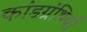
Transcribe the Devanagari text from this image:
कांडग्रंथियाँ